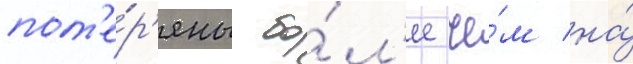
пот'е́р'яны бо́л'ее че́м на́